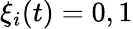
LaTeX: \xi_{i}(t)=0,1